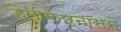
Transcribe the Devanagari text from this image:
हैलीकार्नासस